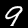
Digit: 9